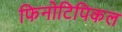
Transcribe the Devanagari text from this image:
फिनोटिपिकल